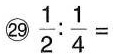
㉙$$\frac { 1 } { 2 } : \frac { 1 } { 4 } =$$